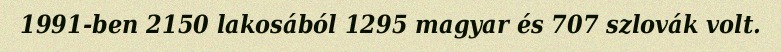
1991-ben 2150 lakosából 1295 magyar és 707 szlovák volt.